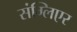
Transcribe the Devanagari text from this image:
संग्लिएर